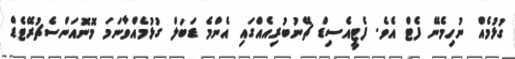
ގުޅުމެއް ނުހިމެނޭ ފެޓް އެވެ. ފެޓީއެސިޑް ޗޭނުބުރިއެއްގައި އެންމެ ޑަބަލް ގުޅުމެއްވާނަމަ މޮނޮއަންސެޗުރޭޓެޑް